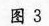
图3